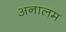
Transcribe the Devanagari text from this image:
अनालम